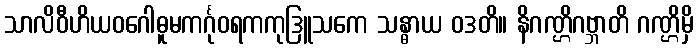
သာလိဝီဟိယဝဂေါဓူမကင်္ဂုဝရကကုဒြူသကေ သန္ဓာယ ဝဒတိ။ နိဂဏ္ဌိဂဗ္ဘာတိ ဂဏ္ဌိမှိ